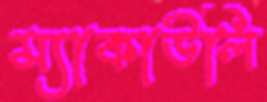
ম্যাকাউলি